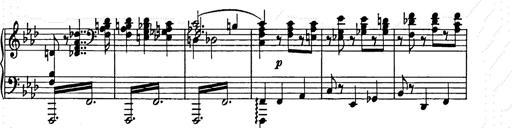
Title: Weinen, Klagen, Sorgen, Zagen
Composer: Franz Liszt